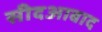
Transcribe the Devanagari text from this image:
सीदआबाद